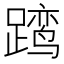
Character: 𲄄